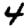
Digit: 4